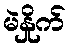
မဲနှိုက်